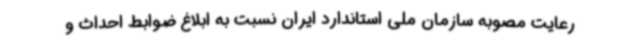
رعایت مصوبه سازمان ملی استاندارد ایران نسبت به ابلاغ ضوابط احداث و